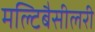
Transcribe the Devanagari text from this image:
मल्टिबैसीलरी